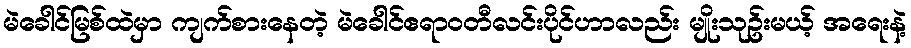
မဲခေါင်မြစ်ထဲမှာ ကျက်စားနေတဲ့ မဲခေါင်ဧရာဝတီလင်းပိုင်ဟာလည်း မျိုးသုဥ်းမယ့် အရေးနဲ့